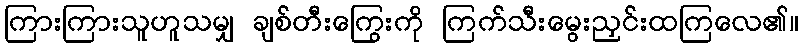
ကြားကြားသူဟူသမျှ ချစ်တီးကြွေးကို ကြက်သီးမွေးညှင်းထကြလေ၏။